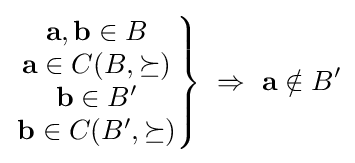
\left.{\begin{matrix}\mathbf {a} ,\mathbf {b} \in B\\\mathbf {a} \in C(B,\succeq )\\\mathbf {b} \in B'\\\mathbf {b} \in C(B',\succeq )\end{matrix}}\right\}~\Rightarrow ~\mathbf {a} \notin B'